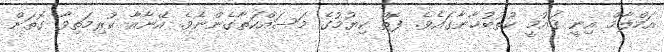
އަހްލާމް އިނީ ޤައުމީ ކުތުބުޚާނާގައެވެ. ފޮތް ކިޔުމުގެ މަސައްކަތާގެންނެވެ. އޭނާއާ ކުރިމަތިވާ ގޮތަށް